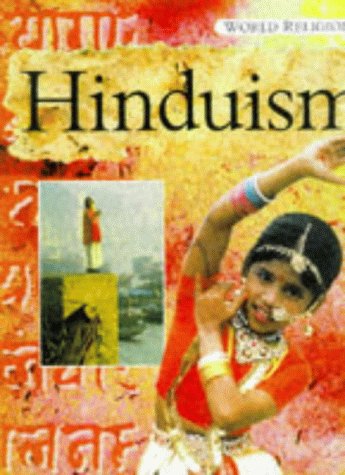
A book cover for Hinduism (World Religions); Katherine Prior; Children's Books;